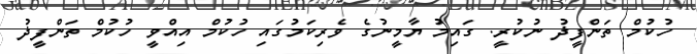
ހުކުމް ތަންފީޛު ނުކުރީ. ގައިމު ޔާމީނުގެ ވެރިކަމުގައި ހުކުމް އިއްވީ ހުކުމް ތަންފީޛު